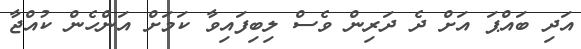
އަދި ބައްޕަ އަށް ދެ ދަރިން ވެސް ލިބިފައިވާ ކަމަށް އަންހެން ކުއްޖާ